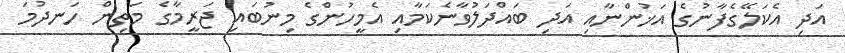
އަދި އެކަލޭގެފާނުގެ އަޚުންނާއި އަދި ބައްދަލުވާނެކަމާއި އެމީހުންގެ މިނުބައި ޖަރީމާގެ މަތިން ހަނދުމަ